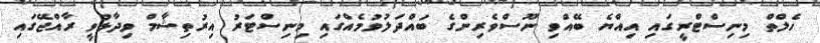
ހެލްތް މިނިސްޓްރީގައި އިއްޔެ ބޭއްވި ނޫސްވެރިންގެ ބައްދަލުވުމެއްގައި މިނިސްޓަރު އިރުތިޝާމް ވިދާޅުވީ ރާއްޖޭގައި